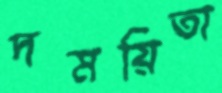
দময়িতা